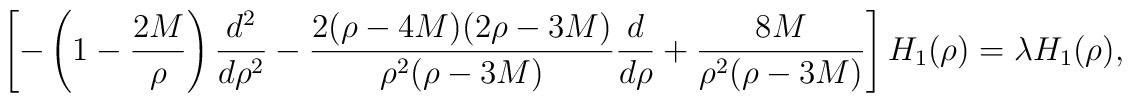
\left[-\left(1-\frac{2M}{\rho}\right)\frac{d^2}{d\rho^2} -\frac{2(\rho-4M)(2\rho-3M)}{\rho^2(\rho-3M)}\frac{d}{d\rho} +\frac{8M}{\rho^2(\rho-3M)}\right] H_1(\rho) = \lambda H_1(\rho),